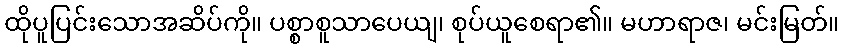
ထိုပူပြင်းသောအဆိပ်ကို။ ပစ္စာစူသာပေယျ၊ စုပ်ယူစေရာ၏။ မဟာရာဇ၊ မင်းမြတ်။